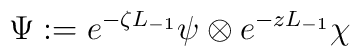
\Psi:= e^{-\zeta L_{-1}} \psi \otimes e^{-z L_{-1}} \chi